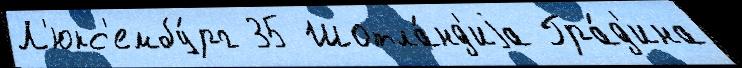
Л'юкс'ембу́рг 35 Шотла́нд'иjа Гра́д'ина